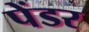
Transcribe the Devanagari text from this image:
पेंडर